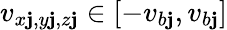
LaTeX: v_{x\mathbf{j},y\mathbf{j},z\mathbf{j}}\in[-v_{b\mathbf{j}},v_{b\mathbf{j}}]